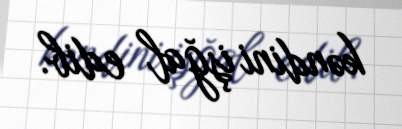
kəndini işğal edib.